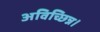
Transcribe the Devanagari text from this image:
अविच्छिन्न।